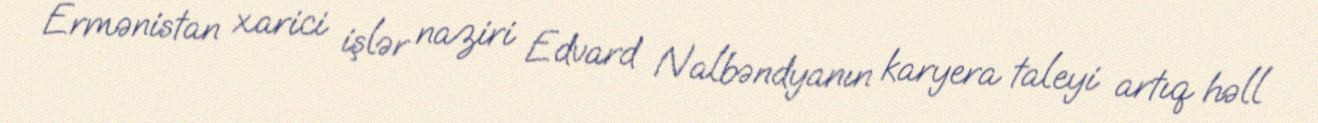
Ermənistan xarici işlər naziri Edvard Nalbəndyanın karyera taleyi artıq həll